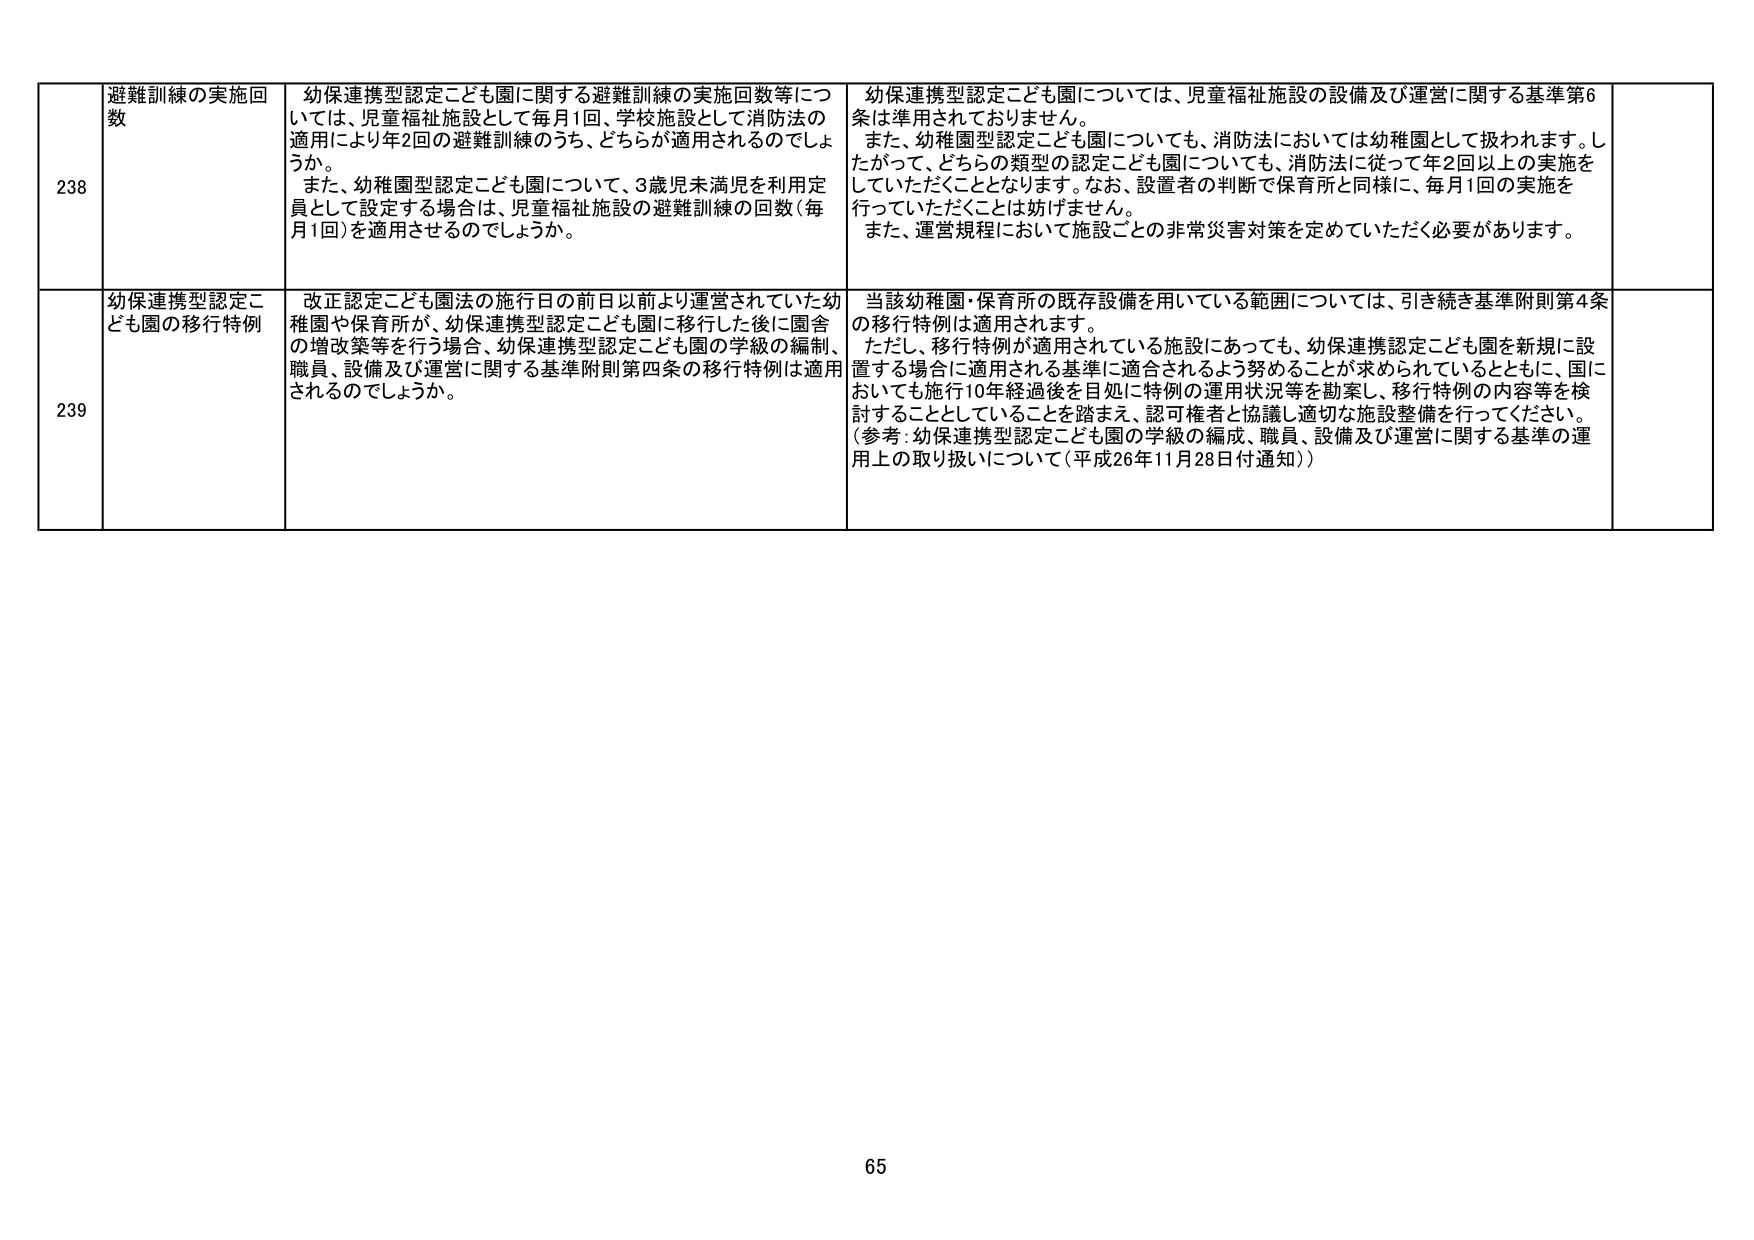
238 避難訓練の実施回数
幼保連携型認定こども園に関する避難訓練の実施回数等については、児童福祉施設として毎月1回、学校施設として消防法の適用により年2回の避難訓練のうち、どちらが適用されるのでしょうか。
また、幼稚園型認定こども園について、3歳児未満児を利用定員として設定する場合は、児童福祉施設の避難訓練の回数（毎月1回）を適用させるのでしょうか。

幼保連携型認定こども園については、児童福祉施設の設備及び運営に関する基準第6条は準用されておりません。
また、幼稚園型認定こども園についても、消防法においては幼稚園として扱われます。したがって、どちらの類型の認定こども園についても、消防法に従って年2回以上の実施をしていただくこととなります。なお、設置者の判断で保育所と同様に、毎月1回の実施を行っていただくことは妨げません。
また、運営規程において施設ごとの非常災害対策を定めていただく必要があります。

239 幼保連携型認定こども園の移行特例
改正認定こども園法の施行日の前日以前より運営されていた幼稚園や保育所が、幼保連携型認定こども園に移行した後に園舎の増改築等を行う場合、幼保連携型認定こども園の学級の編制、職員、設備及び運営に関する基準附則第四条の移行特例は適用されるのでしょうか。

当該幼稚園・保育所の既存設備を用いている範囲については、引き続き基準附則第4条の移行特例は適用されます。
ただし、移行特例が適用されている施設にあっても、幼保連携認定こども園を新規に設置する場合に適用される基準に適合されるよう努めることが求められているとともに、国においても施行10年経過後を目処に特例の運用状況等を勘案し、移行特例の内容等を検討することとしていることを踏まえ、認可権者と協議し適切な施設整備を行ってください。
（参考：幼保連携型認定こども園の学級の編成、職員、設備及び運営に関する基準の運用上の取り扱いについて（平成26年11月28日付通知））

65